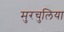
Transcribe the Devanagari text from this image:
मुरचुलिया